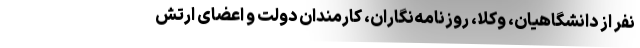
نفر از دانشگاهیان، وکلا، روزنامه‌نگاران، کارمندان دولت و اعضای ارتش